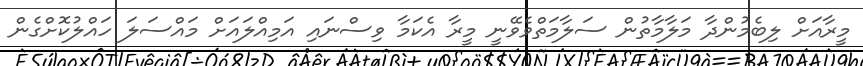
މީރާއަށް ލިބެމުންދާ މަލާމާތުން ސަލާމަތްވެވޭނީ މީރާ އެކަމާ ވިސްނައި އަމިއްލައަށް މައްސަލަ ހައްލުކޮށްގެން